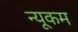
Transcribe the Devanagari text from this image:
न्यूकम